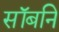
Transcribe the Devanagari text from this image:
सॉबनि